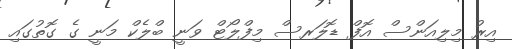
އިރު މިލިއަންސް އޮފް ޑޮލަރސް މިފްލޯޓް ވަނީ ބްލެކް މަނީ ގެ ގޮތުގައި